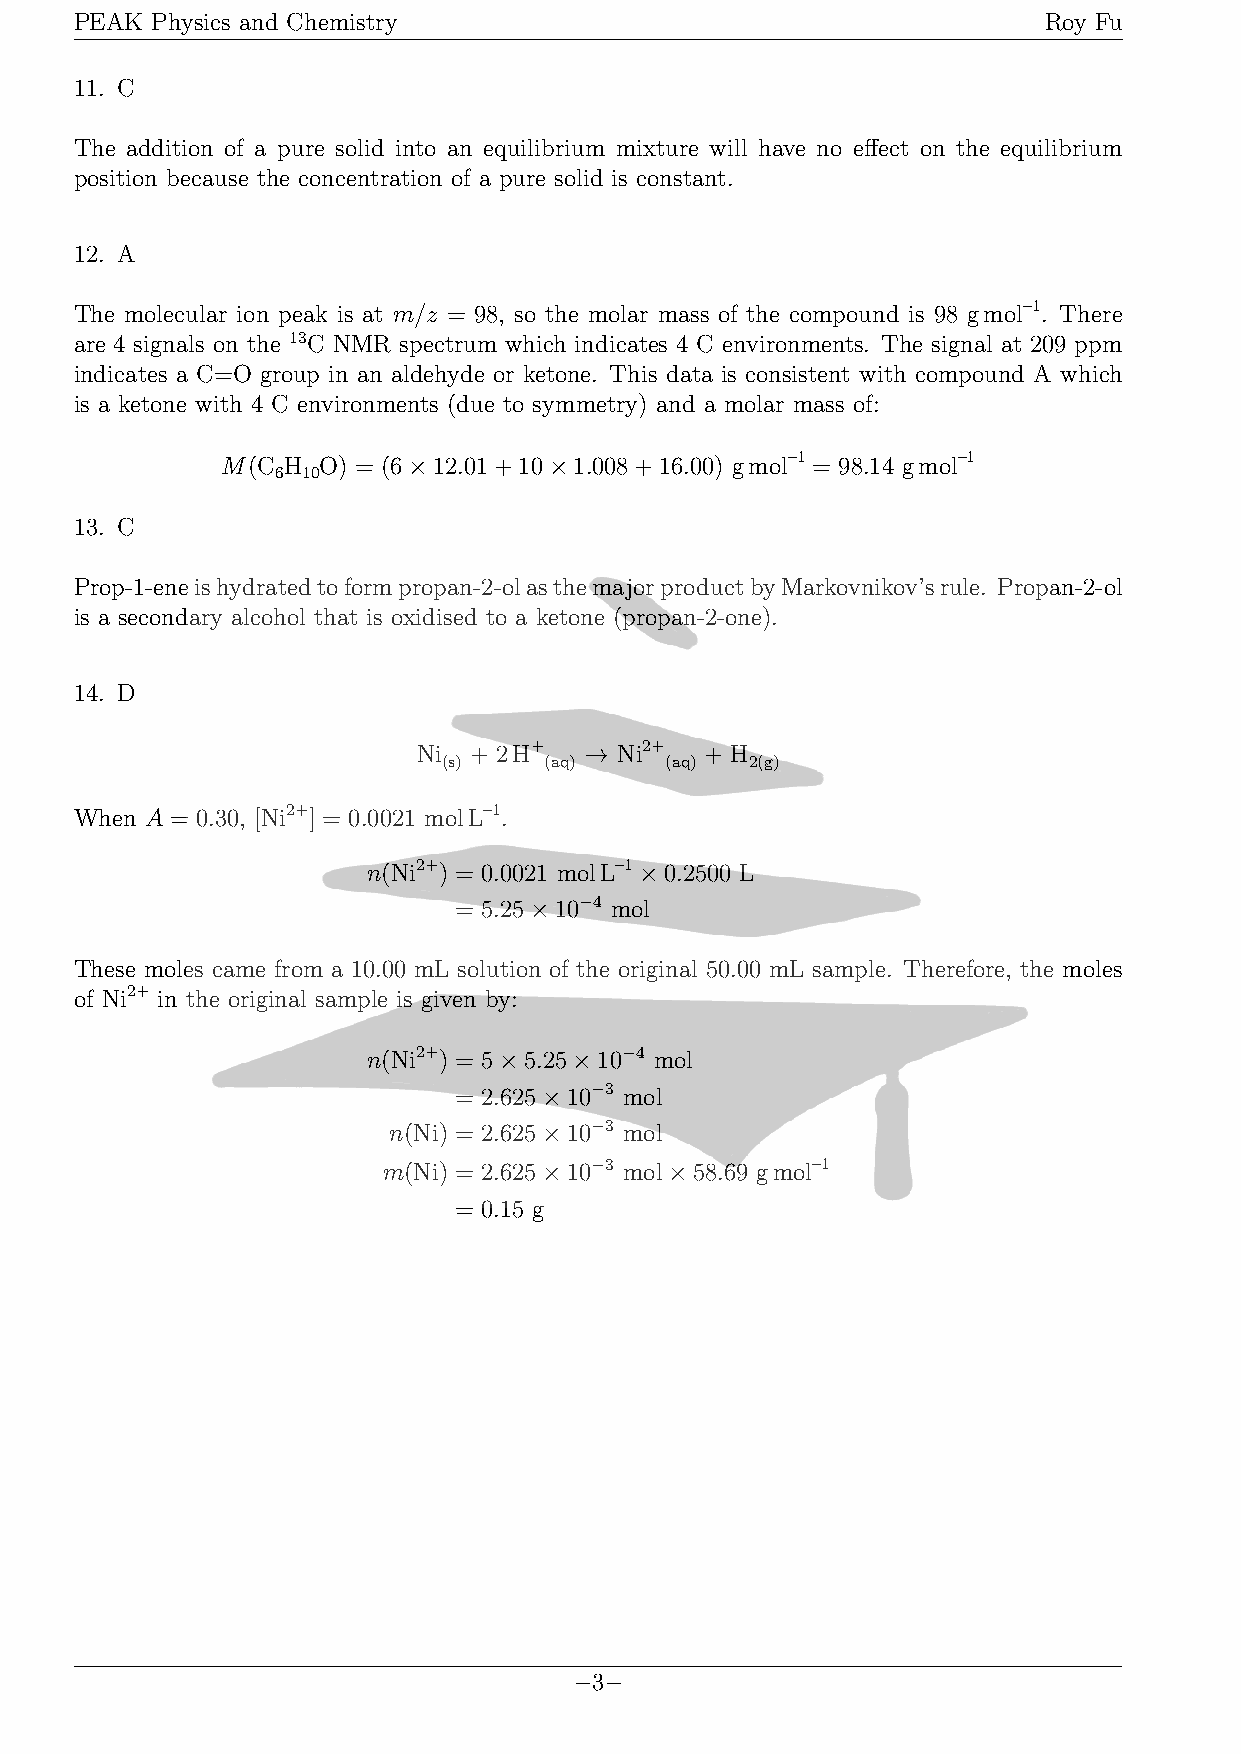
PEAK Physics and Chemistry                                      Roy Fu
 11. C
 The addition of a pure solid into an equilibrium mixture will have no effect on the equilibrium
 position because the concentration of a pure solid is constant.
 12. A
 The molecular ion peak is at m/z = 98, so the molar mass of the compound is 98 gmol–1. There
 are 4 signals on the 13C NMR spectrum which indicates 4 C environments. The signal at 209 ppm
 indicates a C=O group in an aldehyde or ketone. This data is consistent with compound A which
 is a ketone with 4 C environments (due to symmetry) and a molar mass of:
 M(C H O) = (6×12.01+10×1.008+16.00) gmol–1 = 98.14 gmol–1
 6 10
 13. C
 Prop-1-eneishydratedtoformpropan-2-olasthemajorproductbyMarkovnikov’srule. Propan-2-ol
 is a secondary alcohol that is oxidised to a ketone (propan-2-one).
 14. D
 Ni + 2H+   → Ni2+  + H
 (s)    (aq)    (aq)  2(g)
 When A = 0.30, [Ni2+] = 0.0021 molL–1.
 n(Ni2+) = 0.0021 molL–1×0.2500 L
 = 5.25×10−4 mol
 These moles came from a 10.00 mL solution of the original 50.00 mL sample. Therefore, the moles
 of Ni2+ in the original sample is given by:
 n(Ni2+) = 5×5.25×10−4 mol
 = 2.625×10−3 mol
 n(Ni) = 2.625×10−3 mol
 m(Ni) = 2.625×10−3 mol×58.69 gmol–1
 = 0.15 g
 −3−